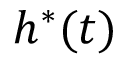
h ^ { * } ( t )